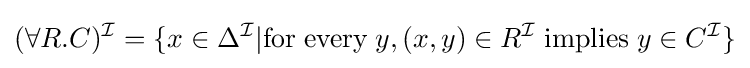
(\forall R.C)^{\mathcal {I}}=\{x\in \Delta ^{\mathcal {I}}|{\text{for}}\;{\text{every}}\;y,(x,y)\in R^{\mathcal {I}}\;{\text{implies}}\;y\in C^{\mathcal {I}}\}